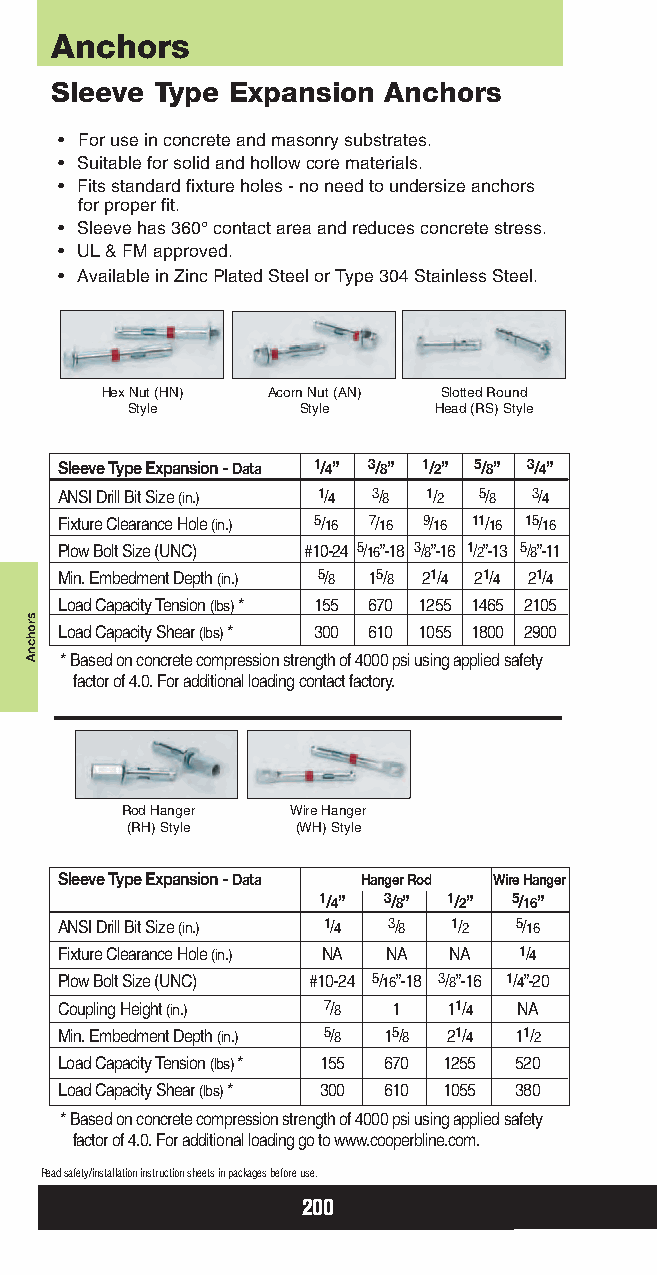
Anchors
 Sleeve Type Expansion Anchors
 • For use in concrete and masonry substrates.
 • Suitable for solid and hollow core materials.
 • Fits standard fixture holes - no need to undersize anchors
 for proper fit.
 • Sleeve has 360°contact area and reduces concrete stress.
 • UL& FMapproved.
 • Available in Zinc Plated Steel or Type 304 Stainless Steel.
 Hex Nut (HN) Acorn Nut (AN) Slotted Round
 Style       Style    Head (RS) Style
 Sleeve Type Expansion - Data 1/4” 3/8” 1/2” 5/8” 3/4”
 ANSI Drill Bit Size (in.) 1/4 3/8 1/2 5/8 3/4
 Fixture Clearance Hole (in.) 5/16 7/16 9/16 11/16 15/16
 Plow Bolt Size (UNC) #10-24 5/16”-18 3/8”-16 1/2”-13 5/8”-11
 Min. Embedment Depth (in.) 5/8 15/8 21/4 21/4 21/4
 Load Capacity Tension (lbs) * 155 670 1255 1465 2105
 Load Capacity Shear (lbs) * 300 610 1055 1800 2900
 * Based on concrete compression strength of 4000 psi using applied safety
 factor of 4.0. For additional loading contact factory.
 Rod Hanger Wire Hanger
 (RH) Style  (WH) Style
 Sleeve Type Expansion - Data Hanger Rod Wire Hanger
 1/4” 3/8” 1/2” 5/16”
 ANSI Drill Bit Size (in.) 1/4 3/8 1/2 5/16
 Fixture Clearance Hole (in.) NA NA NA 1/4
 Plow Bolt Size (UNC) #10-24 5/16”-18 3/8”-16 1/4”-20
 Coupling Height (in.) 7/8 1 11/4 NA
 Min. Embedment Depth (in.) 5/8 15/8 21/4 11/2
 Load Capacity Tension (lbs) * 155 670 1255 520
 Load Capacity Shear (lbs) * 300 610 1055 380
 * Based on concrete compression strength of 4000 psi using applied safety
 factor of 4.0. For additional loading go to www.cooperbline.com.
 Read safety/installation instruction sheets in packages before use.
 200
 srohcnA